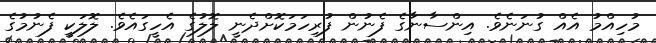
މުހިއްމު އެއް ގުނަނެވެ. އިންސާނާގެ ފެނުން ފުރިހަމަކޮށްދެނީ ލޮލުގެ އެހީގައެވެ. ލޮލަކީ ފެނުމުގެ